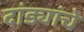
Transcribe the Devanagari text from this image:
दांड्यांचे